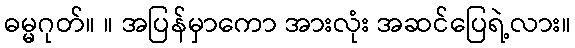
ဓမ္မဂုတ်။ ။ အပြန်မှာကော အားလုံး အဆင်ပြေရဲ့လား။